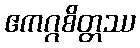
ဧကဂ္ဂစိတ္တဿ